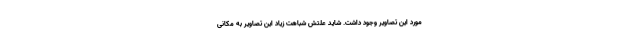
مورد این تصاویر وجود داشت. شاید علتش شباهت زیاد این تصاویر به مکانی